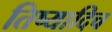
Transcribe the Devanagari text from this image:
तिष्यादिच